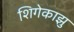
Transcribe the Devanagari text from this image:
शिगेकाझु